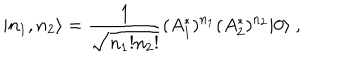
| n _ { 1 } , n _ { 2 } \rangle = \frac { 1 } { \sqrt { n _ { 1 } ! n _ { 2 } ! } } ( A _ { 1 } ^ { * } ) ^ { n _ { 1 } } ( A _ { 2 } ^ { * } ) ^ { n _ { 2 } } | 0 \rangle \ ,